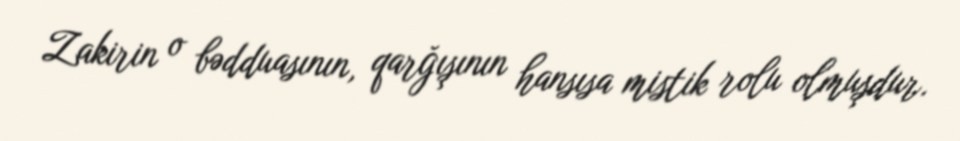
Zakirin o bədduasının, qarğışının hansısa mistik rolu olmuşdur.